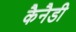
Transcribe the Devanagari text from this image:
कैनैडी